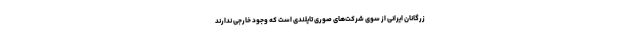
زرگانان ایرانی از سوی شرکت‌های صوری تایلندی است که وجود خارجی ندارند